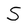
Character: S